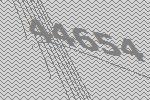
44654